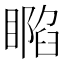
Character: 𥊥